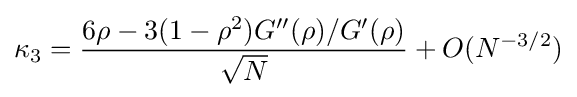
\kappa _{3}={\frac {6\rho -3(1-\rho ^{2})G^{\prime \prime }(\rho )/G^{\prime }(\rho )}{\sqrt {N}}}+O(N^{-3/2})